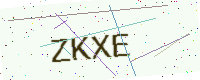
Text: ZKXE